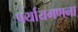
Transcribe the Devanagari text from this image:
पर्यायगणना